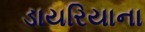
ડાયરિયાના